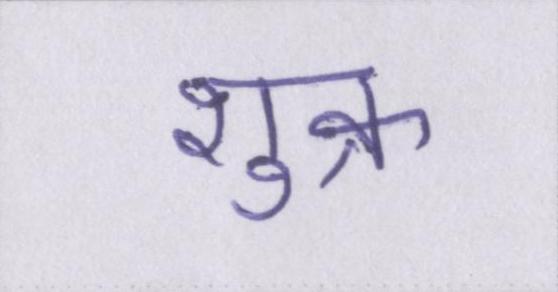
शुक्र